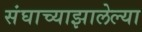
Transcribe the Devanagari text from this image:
संघाच्याझालेल्या